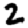
Digit: 2